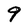
Character: 9